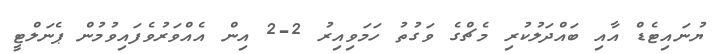
ޔުނައިޓެޑް އާއި ބައްދަލުކުރި މެޗްގެ ވަގުތު ހަމަވިއިރު 2-2 އިން އެއްވަރުވެފައިވުމުން ޕެނަލްޓީ